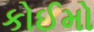
કોઈમો